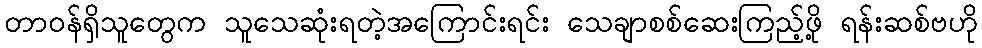
တာဝန်ရှိသူတွေက သူသေဆုံးရတဲ့အကြောင်းရင်း သေချာစစ်ဆေးကြည့်ဖို့ ရန်းဆစ်ဗဟို